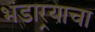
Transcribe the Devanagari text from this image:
भंडार्‍याचा